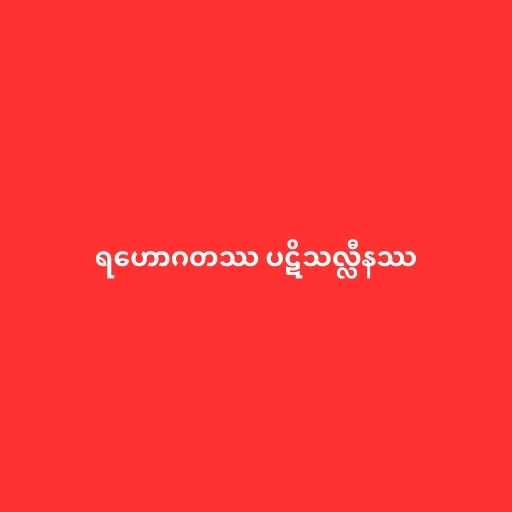
ရဟောဂတဿ ပဋိသလ္လီနဿ